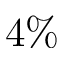
4 \%